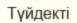
Түйдекті